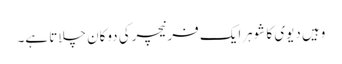
وہیں دیوی کا شوہرایک فرنیچرکی دوکان چلاتا ہے۔